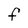
Character: F